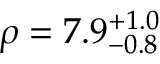
\rho = 7 . 9 _ { - 0 . 8 } ^ { + 1 . 0 }